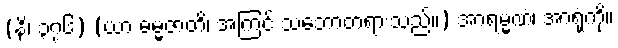
(နိ၊ ၃၇၆) (ယာ ဓမ္မဇာတိ၊ အကြင် သဘောတရားသည်။) အာရမ္မဏံ၊ အာရုံကို။